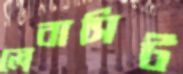
লেবাসিট